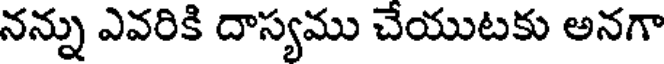
నన్ను ఎవరికి దాస్యము చేయుటకు అనగా